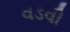
વડવી